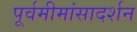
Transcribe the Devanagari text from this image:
पूर्वमीमांसादर्शन